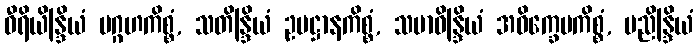
ဝီရိယိန္ဒြိယံ ပဂ္ဂဟကိစ္စံ, သတိန္ဒြိယံ ဥပဋ္ဌာနကိစ္စံ, သမာဓိန္ဒြိယံ အဝိက္ခေပကိစ္စံ, ပညိန္ဒြိယံ